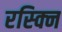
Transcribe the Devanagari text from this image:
रस्क्नि